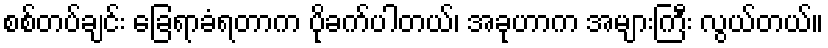
စစ်တပ်ချင်း ခြေရာခံရတာက ပိုခက်ပါတယ်၊ အခုဟာက အများကြီး လွယ်တယ်။